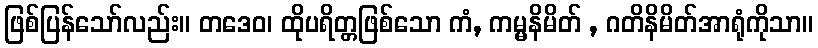
ဖြစ်ပြန်သော်လည်း။ တဒေဝ၊ ထိုပရိတ္တဖြစ်သော ကံ, ကမ္မနိမိတ် , ဂတိနိမိတ်အာရုံကိုသာ။